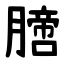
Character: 膪